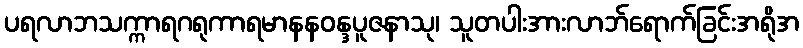
ပရလာဘသက္ကာရဂရုကာရမာနနဝန္ဒပူဇနာသု၊ သူတပါးအားလာဘ်ရောက်ခြင်းအရိုအ